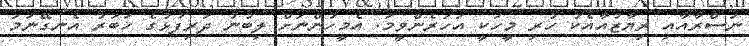
ނަސްރާއާއި ރިޔާޒުއާއެކު ހުރި މީހަކީ އަހަރެންވީމަ. އެމީހުންނަށް ލިބުނު ދަރިފުޅުގެ ޚަބަރު އެނގޭނަމަ